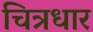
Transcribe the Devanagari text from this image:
चित्रधार